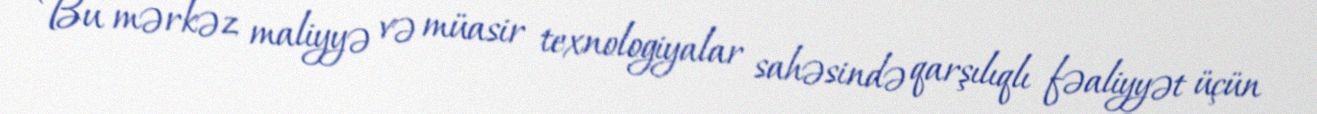
Bu mərkəz maliyyə və müasir texnologiyalar sahəsində qarşılıqlı fəaliyyət üçün